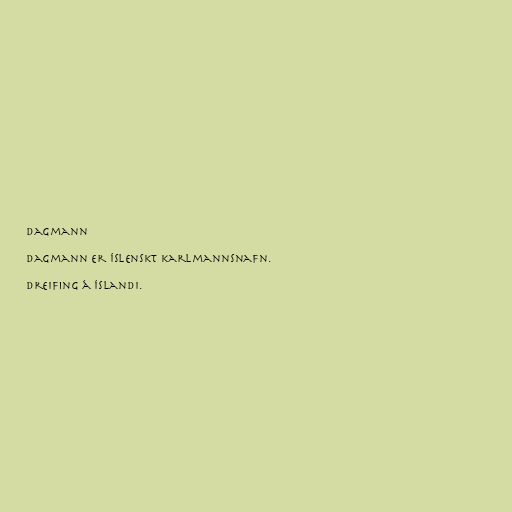
Dagmann

Dagmann er íslenskt karlmannsnafn.

Dreifing á Íslandi.